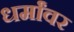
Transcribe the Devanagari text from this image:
धर्मांवर